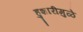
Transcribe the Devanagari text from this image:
हुशारीमुळे